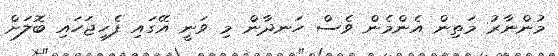
މުންނާރު މަތިން އެންމެން ވެސް ހަނދާން މި ވަނީ އޭގައި ފެހިޖަހައި ބޮލަށް